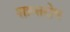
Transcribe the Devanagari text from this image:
शान्तरोष